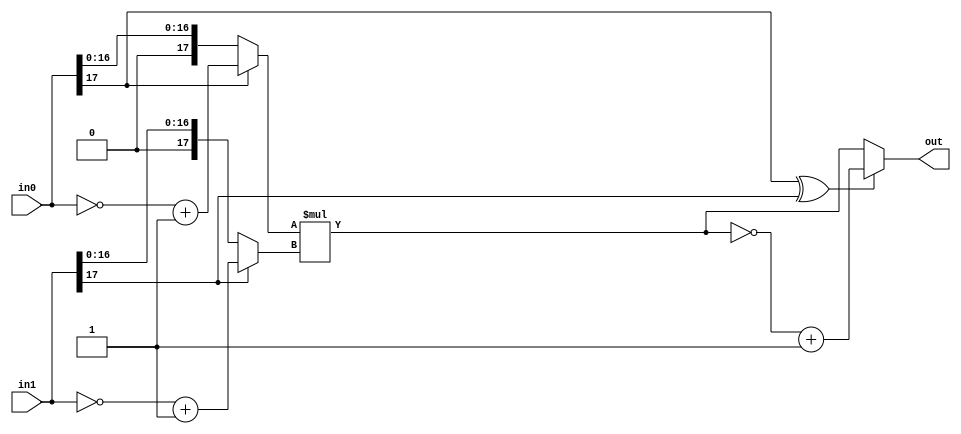
(* dont_touch = "yes" *)
module multiplier
(
	input  wire [17:0] in0,
	input  wire [17:0] in1,
	output wire [35:0] out
);

wire [17:0]   passed_in0;
wire [17:0]   passed_in1;
wire [35:0] passed_out;

assign passed_in0 = (in0[17])? (~in0 + 1'b1): in0;
assign passed_in1 = (in1[17])? (~in1 + 1'b1): in1;

assign passed_out = passed_in0 * passed_in1;

assign out = (in0[17] ^ in1[17])? (~passed_out + 1'b1) : passed_out;

endmodule